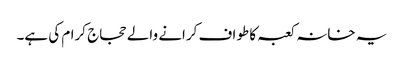
یہ خانہ کعبہ کا طواف کرانے والے حجاج کرام کی ہے۔